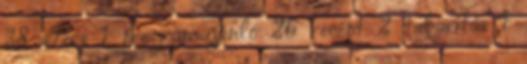
38 Pécs 1 programajánló 26 recept 2 takarítás 1